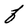
Character: F